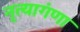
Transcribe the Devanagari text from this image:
नृत्यागंणा